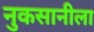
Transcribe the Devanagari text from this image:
नुकसानीला